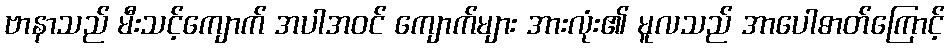
ဗာနာသည် မီးသင့်ကျောက် အပါအဝင် ကျောက်များ အားလုံး၏ မူလသည် အာပေါဓာတ်ကြောင့်